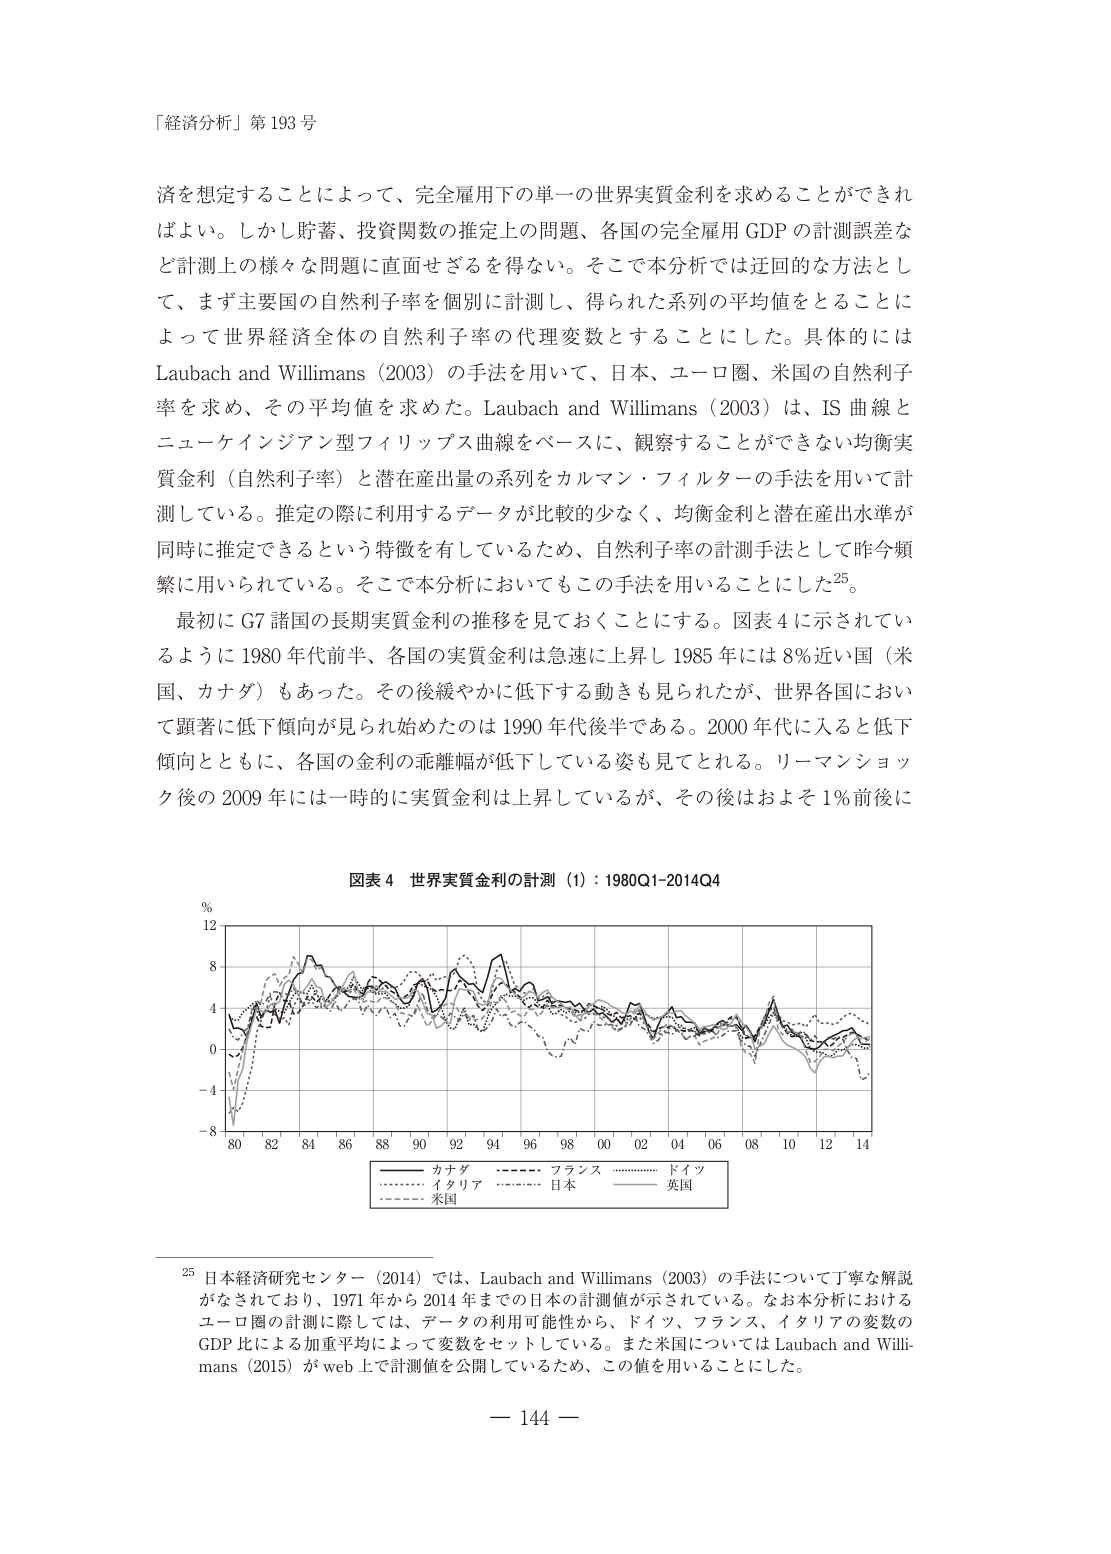
「経済分析」第 193 号

済を想定することによって、完全雇用下の単一の世界実質金利を求めることができればよい。しかし貯蓄、投資関数の推定上の問題、各国の完全雇用 GDP の計測誤差など計測上の様々な問題に直面せざるを得ない。そこで本分析では迂回的な方法として、まず主要国の自然利子率を個別に計測し、得られた系列の平均値をとることによって世界経済全体の自然利子率の代理変数とすることにした。具体的には Laubach and Willimans（2003）の手法を用いて、日本、ユーロ圏、米国の自然利子率を求め、その平均値を求めた。Laubach and Willimans（2003）は、IS 曲線とニューケインジアン型フィリップス曲線をベースに、観察することができない均衡実質金利（自然利子率）と潜在産出量の系列をカルマン・フィルターの手法を用いて計測している。推定の際に利用するデータが比較的少なく、均衡金利と潜在産出水準が同時に推定できるという特徴を有しているため、自然利子率の計測手法として昨今頻繁に用いられている。そこで本分析においてもこの手法を用いることにした25。

最初に G7 諸国の長期実質金利の推移を見ておくことにする。図表 4 に示されているように 1980 年代前半、各国の実質金利は急速に上昇し 1985 年には 8％近い国（米国、カナダ）もあった。その後緩やかに低下する動きも見られたが、世界各国において顕著に低下傾向が見られ始めたのは 1990 年代後半である。2000 年代に入ると低下傾向とともに、各国の金利の乖離幅が低下している姿も見てとれる。リーマンショック後の 2009 年には一時的に実質金利は上昇しているが、その後はおよそ 1％前後に

図表 4 世界実質金利の計測（1）：1980Q1-2014Q4

%
12
8
4
0
-4
-8
80 82 84 86 88 90 92 94 96 98 00 02 04 06 08 10 12 14

——— カナダ ———— フランス ………… ドイツ
……… イタリア ………… 日本 ———— 英国
——— 米国

25 日本経済研究センター（2014）では、Laubach and Willimans（2003）の手法について丁寧な解説がなされており、1971 年から 2014 年までの日本の計測値が示されている。なお本分析におけるユーロ圏の計測に際しては、データの利用可能性から、ドイツ、フランス、イタリアの変数の GDP 比による加重平均によって変数をセットしている。また米国については Laubach and Willimans（2015）が web 上で計測値を公開しているため、この値を用いることにした。

— 144 —